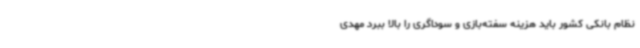
نظام بانکی کشور باید هزینه سفته‌بازی و سوداگری را بالا ببرد مهدی